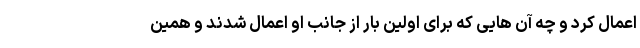
اعمال کرد و چه آن هایی که برای اولین بار از جانب او اعمال شدند و همین